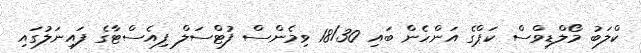
ކްލަބު މޯލްޑިވްސް ކަޕްގެ އަންހެން ބައި 18/30 ވިމެންސް ފުޓްސަލް ފިއެސްޓާގެ ފައިނަލުގައި